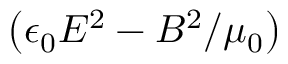
\left( \epsilon _ { 0 } E ^ { 2 } - B ^ { 2 } / \mu _ { 0 } \right)